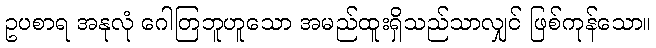
ဥပစာရ အနုလုံ ဂေါတြဘူဟူသော အမည်ထူးရှိသည်သာလျှင် ဖြစ်ကုန်သော။